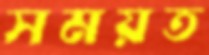
সময়ত